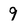
Character: 9